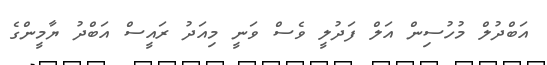
އަބްދުލް މުހުސިން އަލް ފަދުލީ ވެސް ވަނީ މިއަދު ރައީސް އަބްދު ޔާމީންގެ